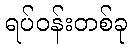
ရပ်ဝန်းတစ်ခု